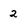
Character: 2